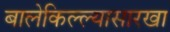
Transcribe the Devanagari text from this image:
बालेकिल्ल्यासारखा